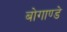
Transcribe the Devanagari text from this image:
बोगाण्डे